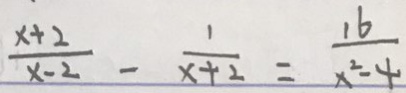
\frac { x + 2 } { x - 2 } - \frac { 1 } { x + 2 } = \frac { 1 6 } { x ^ { 2 } - 4 }